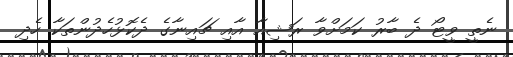
ނެތީ ވީޓޯ ދެ ބާރު ކަމަށްވާ ރަޝިއާ އާއި ޗައިނާގެ ދެކޮޅުހެދުންތަކާ ހެދި